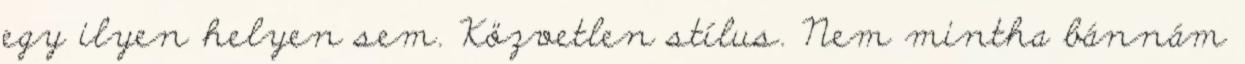
egy ilyen helyen sem. Közvetlen stílus. Nem mintha bánnám